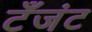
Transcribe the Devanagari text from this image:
टँजंट